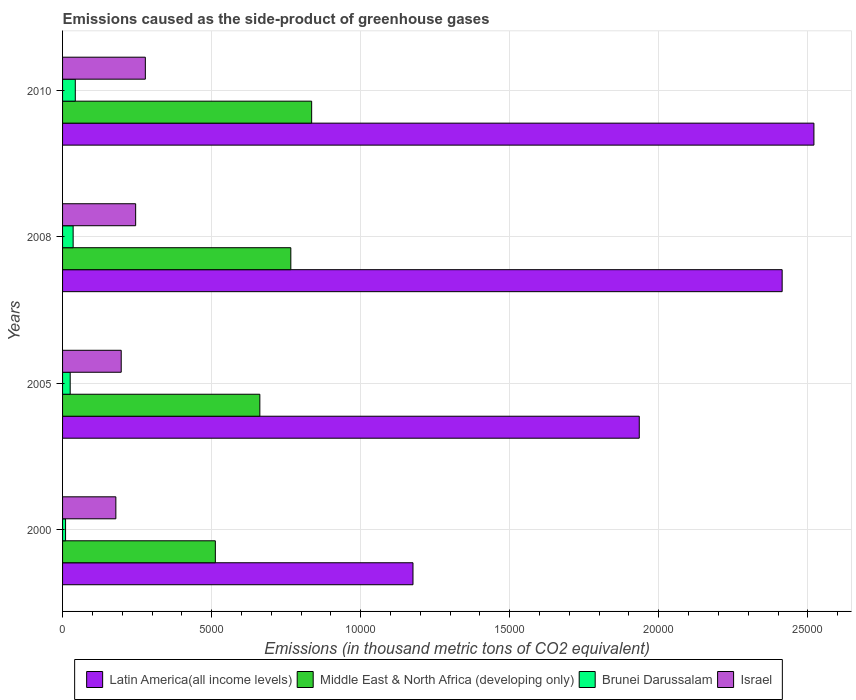
| Years | Latin America(all income levels) | Middle East & North Africa (developing only) | Brunei Darussalam | Israel |
 | --- | --- | --- | --- | --- |
 | 2000 | 1.18e+04 | 5.12e+03 | 101 | 1.79e+03 |
 | 2005 | 1.93e+04 | 6.62e+03 | 256 | 1.97e+03 |
 | 2008 | 2.41e+04 | 7.66e+03 | 355 | 2.45e+03 |
 | 2010 | 2.52e+04 | 8.36e+03 | 427 | 2.78e+03 |